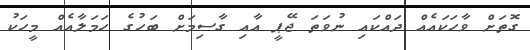
ގޮތަށް ވާހަކައެއް ދައްކައި ނުވަތަ ޖޭޕީ އާއި ގާސިމަށް ބަހުގެ ހަމަލާއެއް މީހަކު